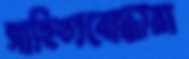
সাহিত্যবোদ্ধারা